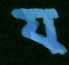
য